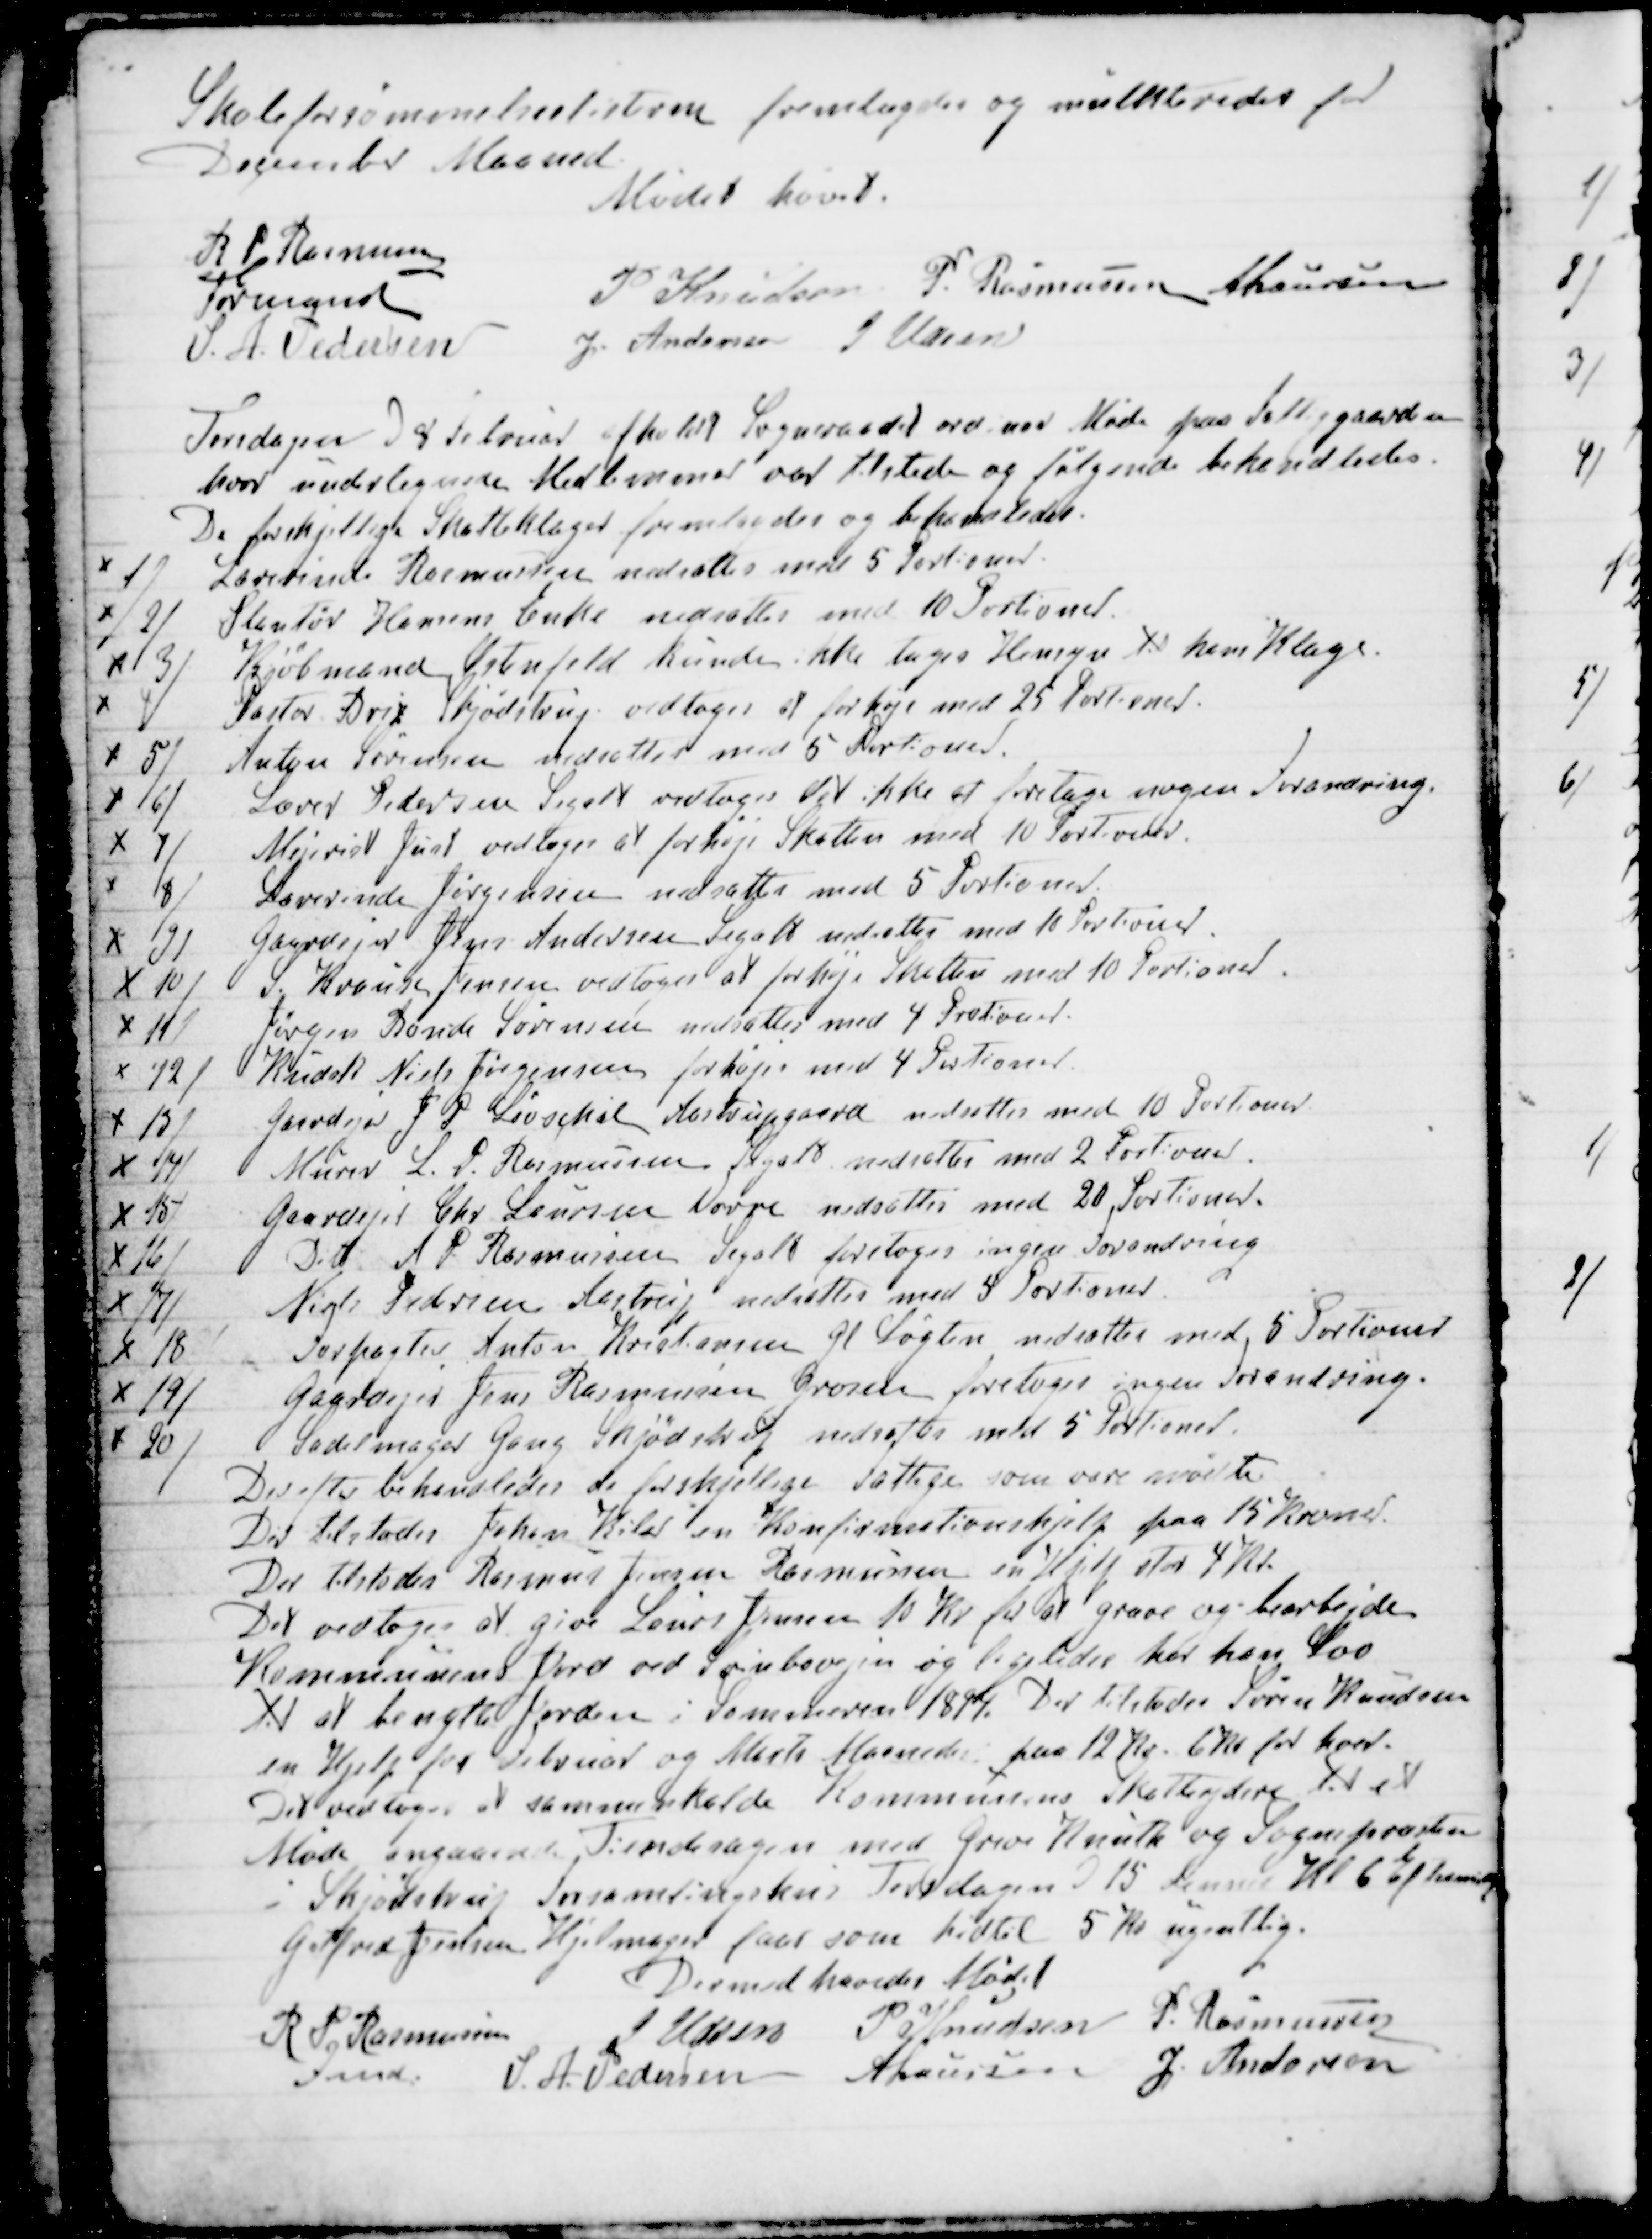
Transskription:
Skoleforsømmelseslisterne fremlagdes og mulkteredes for
December Maaned.
Mødet hævet.
R P Rasmussen
Formand
P Knudsen
P Rasmussen
A Laursen
S. A. Pedersen
J Andersen
J Udsen

Torsdagen d 8 Februar afholdt Sogneraadet ordinær Møde paa Fattiggaarden
hvor undertegnede Medlemmer var tilstede og følgende behandledes.
De forskjellige Skatteklager fremlagdes og behandledes.
1) Lærerinde Rasmussen nedsattes med 5 Portioner.
2) Plantør Hansens Enke nedsattes med 10 Portioner.
3) Kjøbmand Ostenfeld kunde ikke tage Hensyn til hans Klage.
4) Pastor Brix Skjødstrup vedtoges at forhøje med 25 Portioner.
5) Anton Sørensen nedsattes med 5 Portioner.
6) Lærer Pedersen Segalt vedtoges der ikke at foretage nogen Forandring.
7) Mejerist Just vedtoges at forhøje Skatten med 10 Portioner.
8) Lærerinde Jørgensen nedsattes med 5 Portioner.
9) Gaardejer Jørgen Andersen Segalt nedsattes med 10 Portioner.
10) S. Krause Jensen vedtoges at forhøje Skatten med 10 Portioner.
11) Jørgen Bonde Sørensen nedsattes med 4 Portioner.
12) Kudsk Niels Jørgensen forhøjes med 4 Portioner.
13) Gaardejer J P Løvschal Aastrupgaard nedsattes med 10 Portioner.
14) Murer L. P. Rasmussen Segalt nedsattes med 2 Portioner
15) Gaardejer Chr Laursen Vorre nedsattes med 20 Portioner.
16) Dito A P Rasmussen Segalt foretoges ingen Forandring
17) Niels Pedersen Aastrup nedsattes med 4 Portioner.
18) Forpagter Anton Kristensen Gl Løgten nedsattes med 5 Portioner.
19) Gaardejer Jens Rasmussen  Grosen foretoges ingen Forandring
20) Sadelmager Gang Skjødstrup nedsattes med 5 Portioner.
Derefter behandledes de forskjellige Fattige som vare mødte.
Der tilstodes Johan Kiler en Konfirmationshjælp paa 15 Kroner.
Der tilstodes Rasmus Jensen Rasmussen en Hjelp stor 4 Kr.
Det vedtoges at give Laurs Jensen 10 Kr for at grave og bearbejde
Kommunens Jord ved Svinbovejen og ligeledes har han Lov
til at benytte Jorden i Sommeren 1894. Der tilstodes Søren Knudsen
en Hjelp for Februar og Marts Maaneder paa 12 Kr. 6 Kr for hver.
Det vedtoges at sammenkalde Kommunens Skatteydere til et
Møde angaaende Tiendesagen med Grev Knuth og Sognepræsten
i Skjødstrup Forsamlingshus Torsdagen d 15 dennes Kl 6 Eftermig
Gotfred Jensen Hjelmager faar som hidtil 5 Kr ugentlig.
Dermed hævedes Mødet
R P Rasmussen
Fmd.
J Udsen
P Knudsen
P. Rasmussen
S. A. Pedersen
A Laursen
J. Andersen